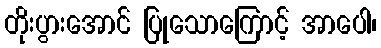
တိုးပွားအောင် ပြုသောကြောင့် အာပေါ၊